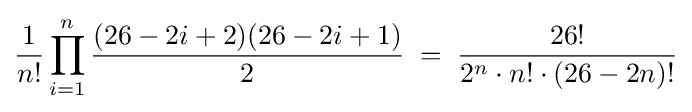
{\frac {1}{n!}}\prod _{i=1}^{n}{\frac {(26-2i+2)(26-2i+1)}{2}}\;=\;{\frac {26!}{2^{n}\cdot n!\cdot (26-2n)!}}